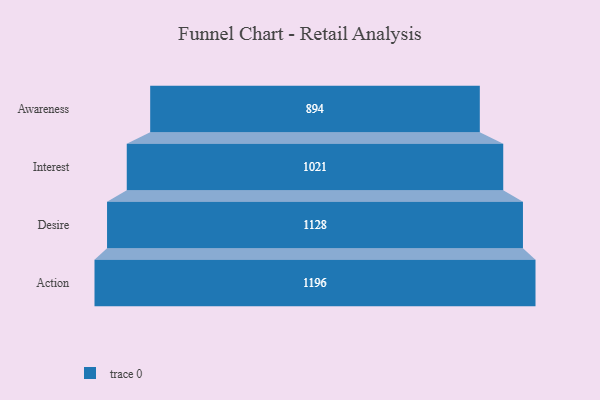
{"axis": {"x": "Stage", "y": "Value"}, "legend": [""], "data": [{"x": "Awareness", "y": 894.0, "type": ""}, {"x": "Interest", "y": 1021.0, "type": ""}, {"x": "Desire", "y": 1128.0, "type": ""}, {"x": "Action", "y": 1196.0, "type": ""}]}